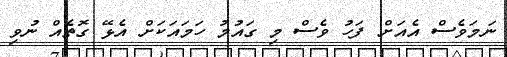
ނަމަވެސް އެއަށް ފަހު ވެސް މި ގައުމު ހަމައަކަށް އެޅޭ ގޮތެއް ނުވި